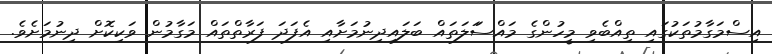
އިސްމަގާމުތަކުގައި ތިއްބެވި މީހުންގެ މައްސަަލަތައް ބަލައިދިނުމަށާއި އެފަދަ ފަރާތްތައް މަގާމުން ވަކިކޮށް ދިނުމަށެވެ.